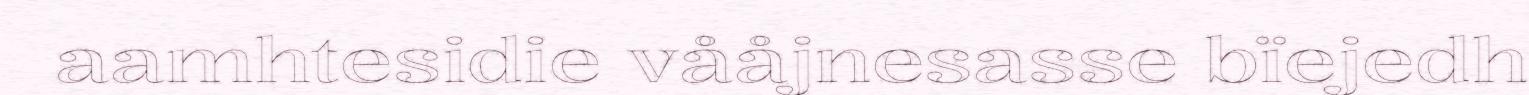
aamhtesidie vååjnesasse bïejedh